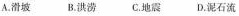
A. 滑坡 B. 洪涝 C. 地震 D.泥石流